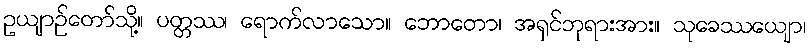
ဥယျာဉ်တော်သို့။ ပတ္တဿ၊ ရောက်လာသော။ ဘောတော၊ အရှင်ဘုရားအား။ သုခေဿယျော၊